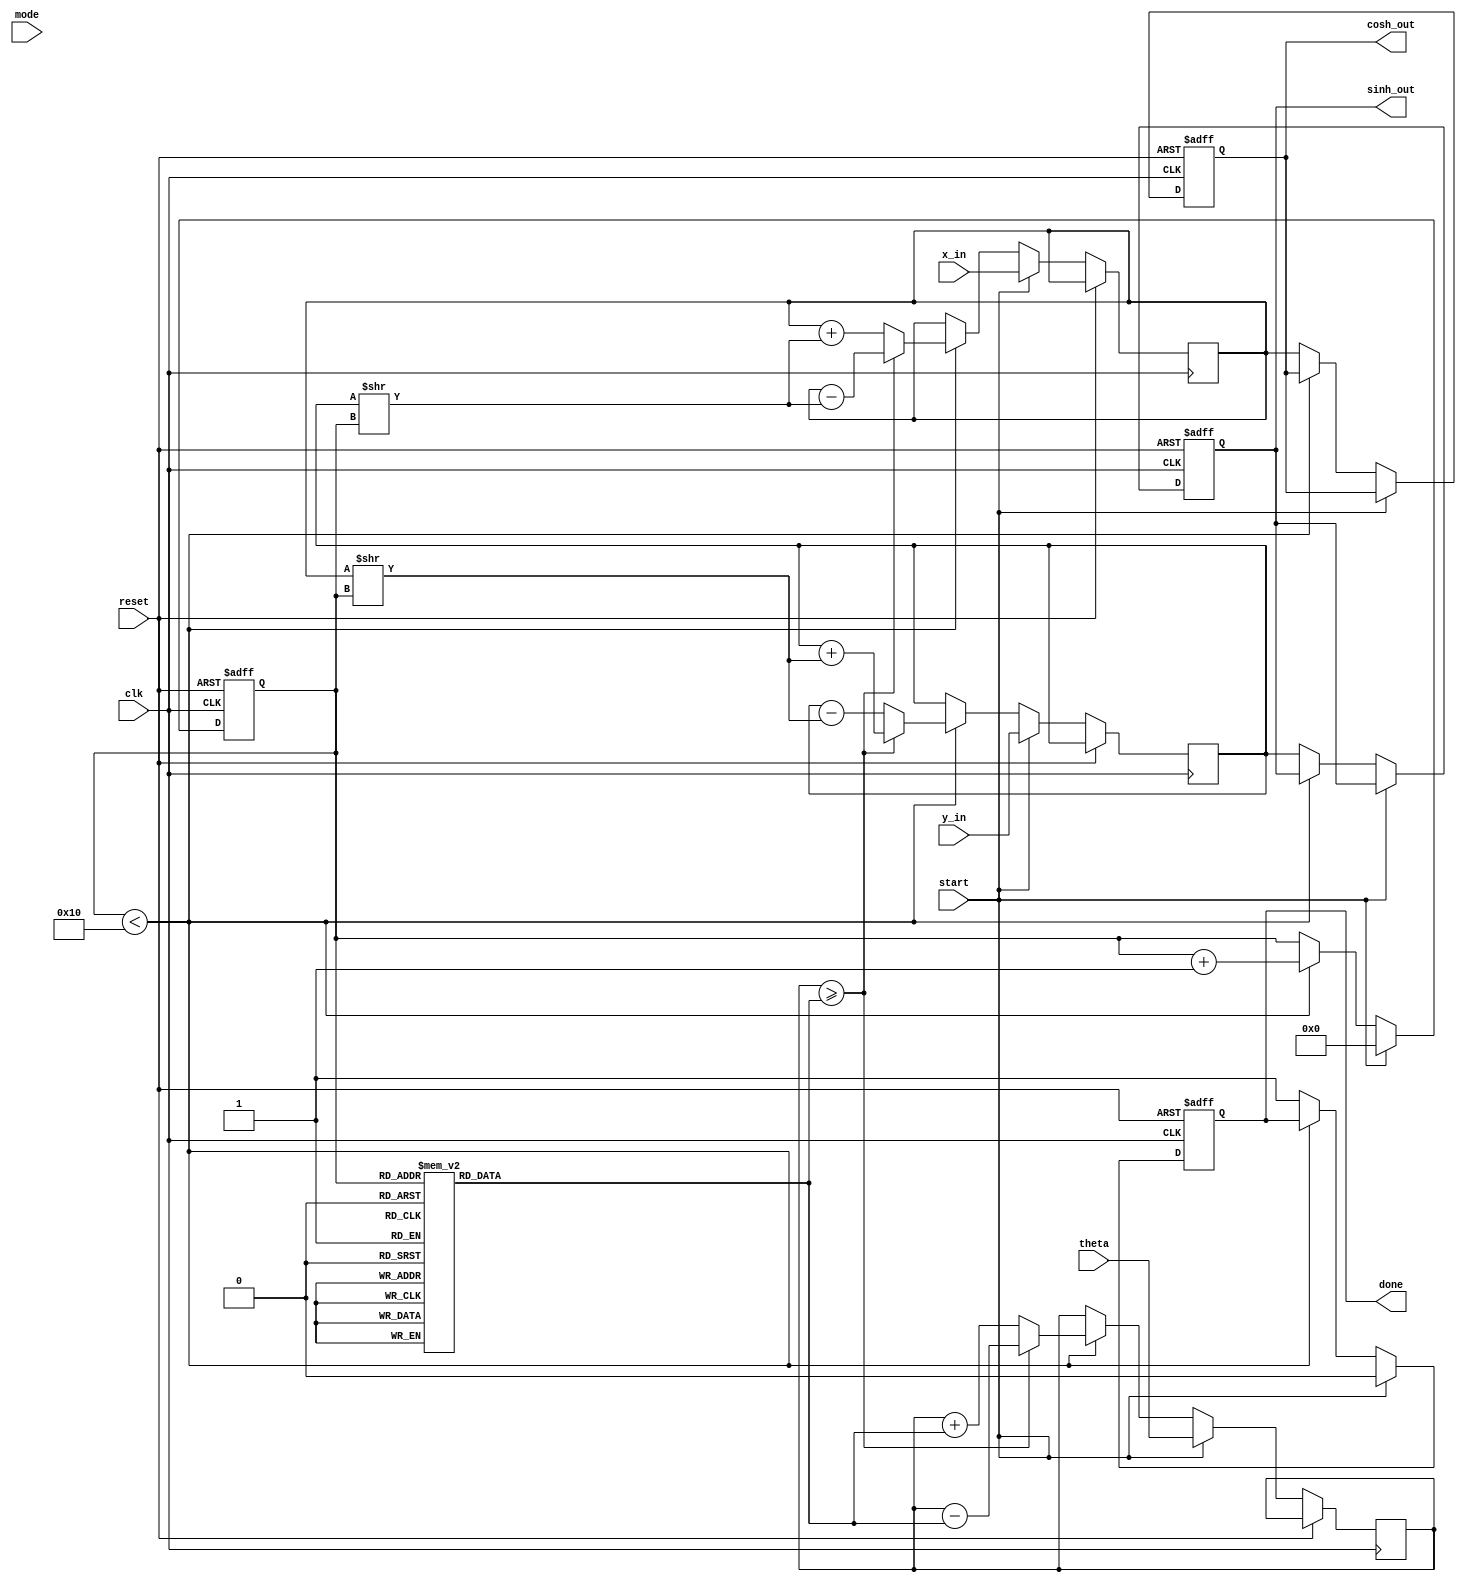
module hyperbolic_cordic (
    input wire clk,
    input wire reset,
    input wire start,
    input wire mode, // 0 for hyperbolic, 1 for circular
    input wire [15:0] theta, // Input angle (fixed-point representation)
    input wire [15:0] x_in, // Initial x value
    input wire [15:0] y_in, // Initial y value
    output reg [15:0] sinh_out, // Output for sinh
    output reg [15:0] cosh_out, // Output for cosh
    output reg done // Signal to indicate computation is complete
);

    // CORDIC parameters
    parameter N = 16; // Number of iterations
    reg [15:0] x [0:N-1]; // X values
    reg [15:0] y [0:N-1]; // Y values
    reg [15:0] z [0:N-1]; // Angle values (arctanh)
    reg [3:0] iteration; // Iteration counter
    reg [15:0] x_accum, y_accum; // Accumulators for x and y
    reg [15:0] angle; // Current angle
    reg [15:0] x_temp, y_temp; // Temporary variables for computation

    // Precomputed arctanh values (fixed-point representation)
    initial begin
        z[0] = 16'h0000; // arctanh(0)
        z[1] = 16'h0001; // arctanh(1)
        z[2] = 16'h0002; // arctanh(2)
        // ... Fill in the rest of the arctanh values for N iterations
    end

    // State machine for CORDIC operation
    always @(posedge clk or posedge reset) begin
        if (reset) begin
            iteration <= 0;
            done <= 0;
            sinh_out <= 0;
            cosh_out <= 0;
        end else if (start) begin
            // Initialize values
            x_accum <= x_in;
            y_accum <= y_in;
            angle <= theta;
            iteration <= 0;
            done <= 0;
        end else if (iteration < N) begin
            // CORDIC iteration
            if (angle >= z[iteration]) begin
                x_temp = x_accum - (y_accum >> iteration);
                y_temp = y_accum + (x_accum >> iteration);
                angle = angle - z[iteration];
            end else begin
                x_temp = x_accum + (y_accum >> iteration);
                y_temp = y_accum - (x_accum >> iteration);
                angle = angle + z[iteration];
            end

            // Update accumulators
            x_accum <= x_temp;
            y_accum <= y_temp;
            iteration <= iteration + 1;
        end else begin
            // Output results
            sinh_out <= y_accum; // y_accum holds sinh
            cosh_out <= x_accum; // x_accum holds cosh
            done <= 1; // Indicate computation is complete
        end
    end

endmodule